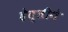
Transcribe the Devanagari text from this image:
हेत्तीगे